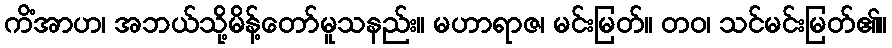
ကိံအာဟ၊ အဘယ်သို့မိန့်တော်မူသနည်း။ မဟာရာဇ၊ မင်းမြတ်။ တဝ၊ သင်မင်းမြတ်၏။